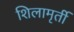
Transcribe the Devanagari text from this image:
शिलामृर्ती